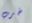
خرب